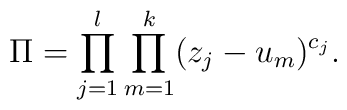
\Pi = \prod_{j=1}^l \prod_{m=1}^k (z_j - u_m)^{c_j}.